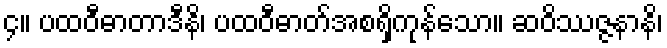
၄။ ပထဝီဓာတာဒီနိ၊ ပထဝီဓာတ်အစရှိကုန်သော။ ဆဝိဿဇ္ဇနာနိ၊